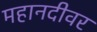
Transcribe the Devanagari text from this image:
महानदीवर